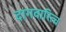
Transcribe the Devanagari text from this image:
दागवारित्च